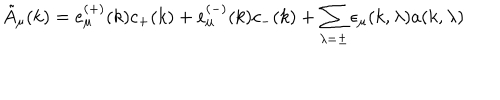
\tilde { A } _ { \mu } ( k ) = e _ { \mu } ^ { \left( + \right) } ( k ) c _ { + } ( k ) + e _ { \mu } ^ { \left( - \right) } ( k ) c _ { - } ( k ) + \sum _ { \lambda = \pm } \epsilon _ { \mu } ( k , \lambda ) a ( k , \lambda )